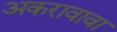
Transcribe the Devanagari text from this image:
अकरावावा